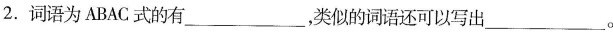
2.词语为ABAC式的有___，类似的词语还可以写出___。